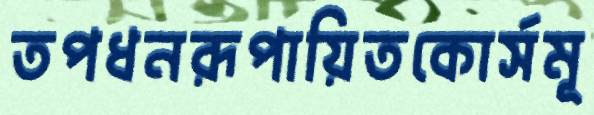
তপধনরূপায়িতকোর্সমূ